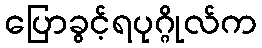
ပြောခွင့်ရပုဂ္ဂိုလ်က